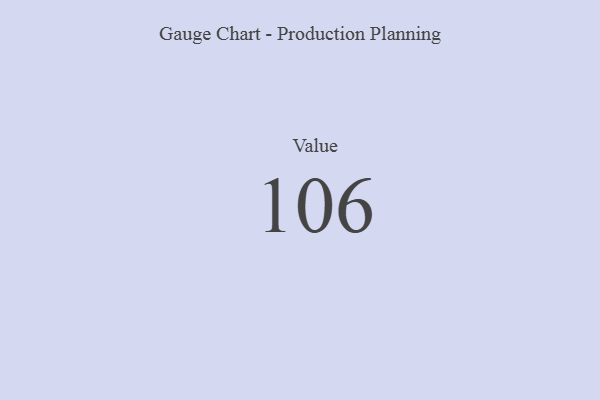
{"axis": {"x": "Metric", "y": "Value"}, "legend": [""], "data": [{"x": "Value", "y": 106, "type": ""}]}